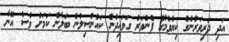
އަދި ދަރިވަރުންގެ ކިޔެވުމުގެ ފެންވަރު ގަވައިދުން ކައުންސިލުން ބަލާނެ ކަމަށް ވެސް އޭނާ